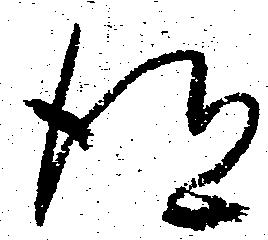
得